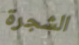
الشجرة